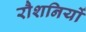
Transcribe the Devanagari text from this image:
रौशनियों